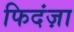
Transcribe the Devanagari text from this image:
फिदंज़ा